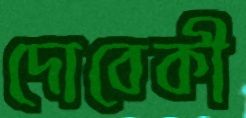
দোবেকী